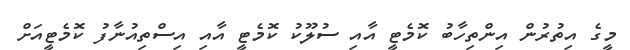
މީގެ އިތުރުން އިންތިހާބު ކޮމެޓީ އާއި ސުލޫކު ކޮމެޓީ އާއި އިސްތިއުނާފު ކޮމެޓީއަށް